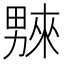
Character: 𤳆